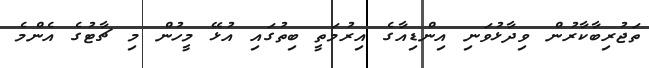
ތަޖުރިބާކާރުން ވިދާޅުވަނި އިންޑިއާގެ އިރުމަތީ ބިތުގައި އުޅޭ މީހުން މި ޗާޓުގެ އެންމެ